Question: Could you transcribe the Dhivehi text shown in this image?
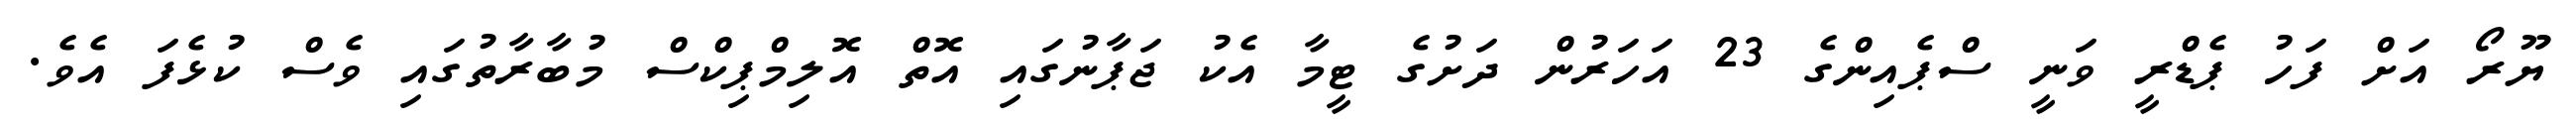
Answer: ޔޫރޯ އަށް ފަހު ޕެޑްރީ ވަނީ ސްޕެއިންގެ 23 އަހަރުން ދަށުގެ ޓީމާ އެކު ޖަޕާނުގައި އޮތް އޮލިމްޕިކްސް މުބާރާތުގައި ވެސް ކުޅެފަ އެވެ.